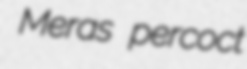
Meras percoct